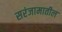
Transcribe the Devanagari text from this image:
सरंजामातील